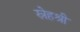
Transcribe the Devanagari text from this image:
स्नेहश्री